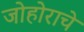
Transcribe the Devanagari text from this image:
जोहोराचे